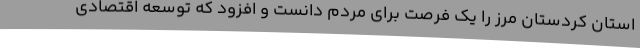
استان کردستان مرز را یک فرصت برای مردم دانست و افزود که توسعه اقتصادی